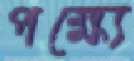
পক্ষ্যে